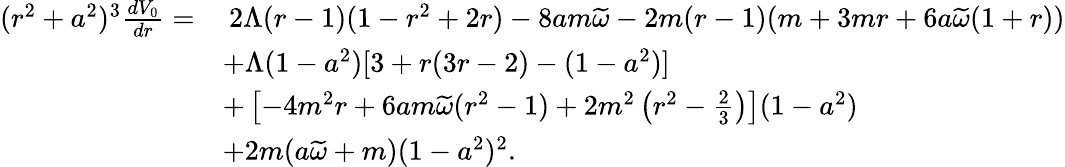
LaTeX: \begin{array}{rl}{(r^{2}+a^{2})^{3}\frac{dV_{0}}{dr}=}&{\: 2\Lambda(r-1)(1-r^{2}+2r)-8am\widetilde{\omega}-2m(r-1)(m+3mr+6a\widetilde{\omega}(1+r))}\\ &{+\Lambda(1-a^{2})[3+r(3r-2)-(1-a^{2})]}\\ &{+\left[-4m^{2}r+6am\widetilde{\omega}(r^{2}-1)+2m^{2}\left(r^{2}-\frac{2}{3}\right)\right](1-a^{2})}\\ &{+2m(a\widetilde{\omega}+m)(1-a^{2})^{2}.}\end{array}